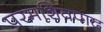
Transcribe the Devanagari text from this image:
परमशिवपाद